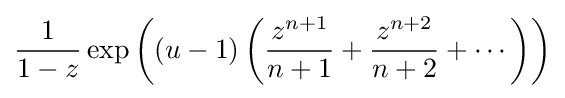
{\frac {1}{1-z}}\exp \left((u-1)\left({\frac {z^{n+1}}{n+1}}+{\frac {z^{n+2}}{n+2}}+\cdots \right)\right)